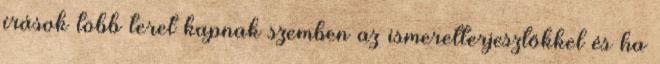
írások több teret kapnak szemben az ismeretterjesztőkkel és ha